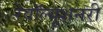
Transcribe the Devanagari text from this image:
रेवॉल्यूशनरी